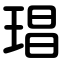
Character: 琩